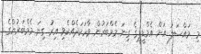
މި މައްސަލަ އަށް އެމްޑީޕީގެ ގިނަ މެމްބަރުން ވާހަކަދެއްކެވި އިރު ގިނަ މެމްބަރުންގެ